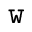
\mathtt { w }